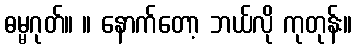
ဓမ္မဂုတ်။ ။ နောက်တော့ ဘယ်လို ကုတုန်း။